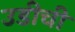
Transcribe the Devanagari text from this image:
उडीची